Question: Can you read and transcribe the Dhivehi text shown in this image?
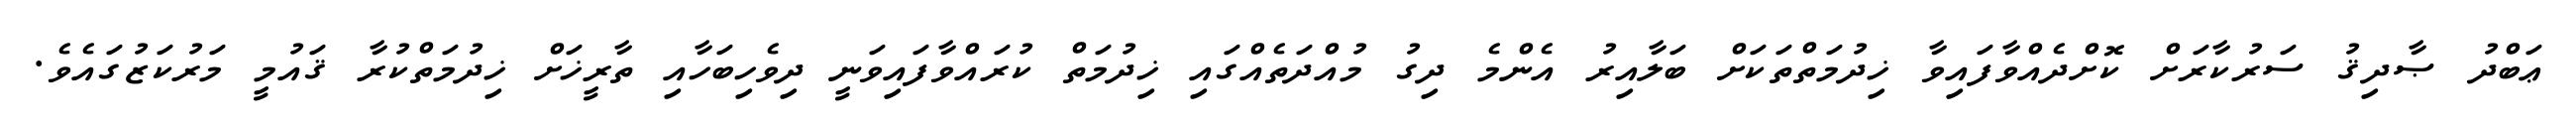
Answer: ޢަބްދު ޞާދިޤު ސަރުކާރަށް ކޮށްދެއްވާފައިވާ ޚިދުމަތްތަކަށް ބަލާއިރު އެންމެ ދިގު މުއްދަތެއްގައި ޚިދުމަތް ކުރައްވާފައިވަނީ ދިވެހިބަހާއި ތާރީޚަށް ޚިދުމަތްކުރާ ޤައުމީ މަރުކަޒުގައެވެ.